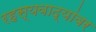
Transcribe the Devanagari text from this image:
रहस्यवाद्यांवर